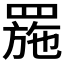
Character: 𦋤